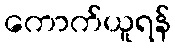
ကောက်ယူရန်